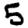
Digit: 5